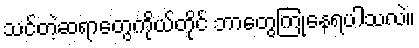
သင်တဲ့ဆရာတွေကိုယ်တိုင် ဘာတွေကြုံနေရပါသလဲ။